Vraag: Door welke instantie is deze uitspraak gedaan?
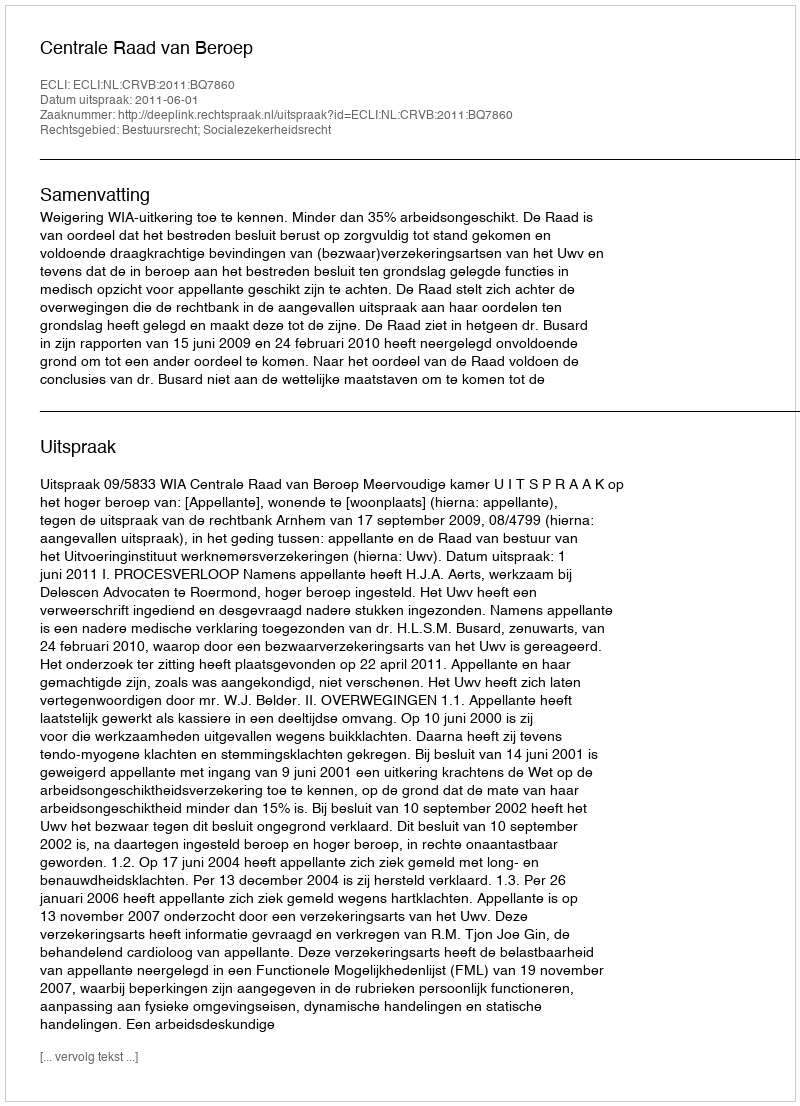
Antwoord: Centrale Raad van Beroep